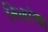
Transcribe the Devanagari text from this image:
निलांचा